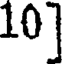
10]